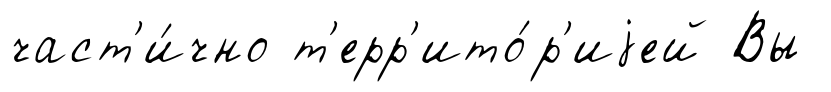
част'и́чно т'ерр'ито́р'иjей Вы